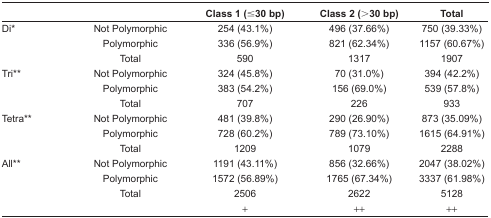
|  |  | Class 1 (≤30 bp) | Class 2 (>30 bp) | Total |
 | --- | --- | --- | --- | --- |
 | Di* | Not Polymorphic | 254 (43.1%) | 496 (37.66%) | 750 (39.33%) |
 |  | Polymorphic | 336 (56.9%) | 821 (62.34%) | 1157 (60.67%) |
 |  | Total | 590 | 1317 | 1907 |
 | Tri** | Not Polymorphic | 324 (45.8%) | 70 (31.0%) | 394 (42.2%) |
 |  | Polymorphic | 383 (54.2%) | 156 (69.0%) | 539 (57.8%) |
 |  | Total | 707 | 226 | 933 |
 | Tetra** | Not Polymorphic | 481 (39.8%) | 290 (26.90%) | 873 (35.09%) |
 |  | Polymorphic | 728 (60.2%) | 789 (73.10%) | 1615 (64.91%) |
 |  | Total | 1209 | 1079 | 2288 |
 | All** | Not Polymorphic | 1191 (43.11%) | 856 (32.66%) | 2047 (38.02%) |
 |  | Polymorphic | 1572 (56.89%) | 1765 (67.34%) | 3337 (61.98%) |
 |  | Total | 2506 | 2622 | 5128 |
 |  |  | + | ++ | ++ |